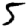
Digit: 5